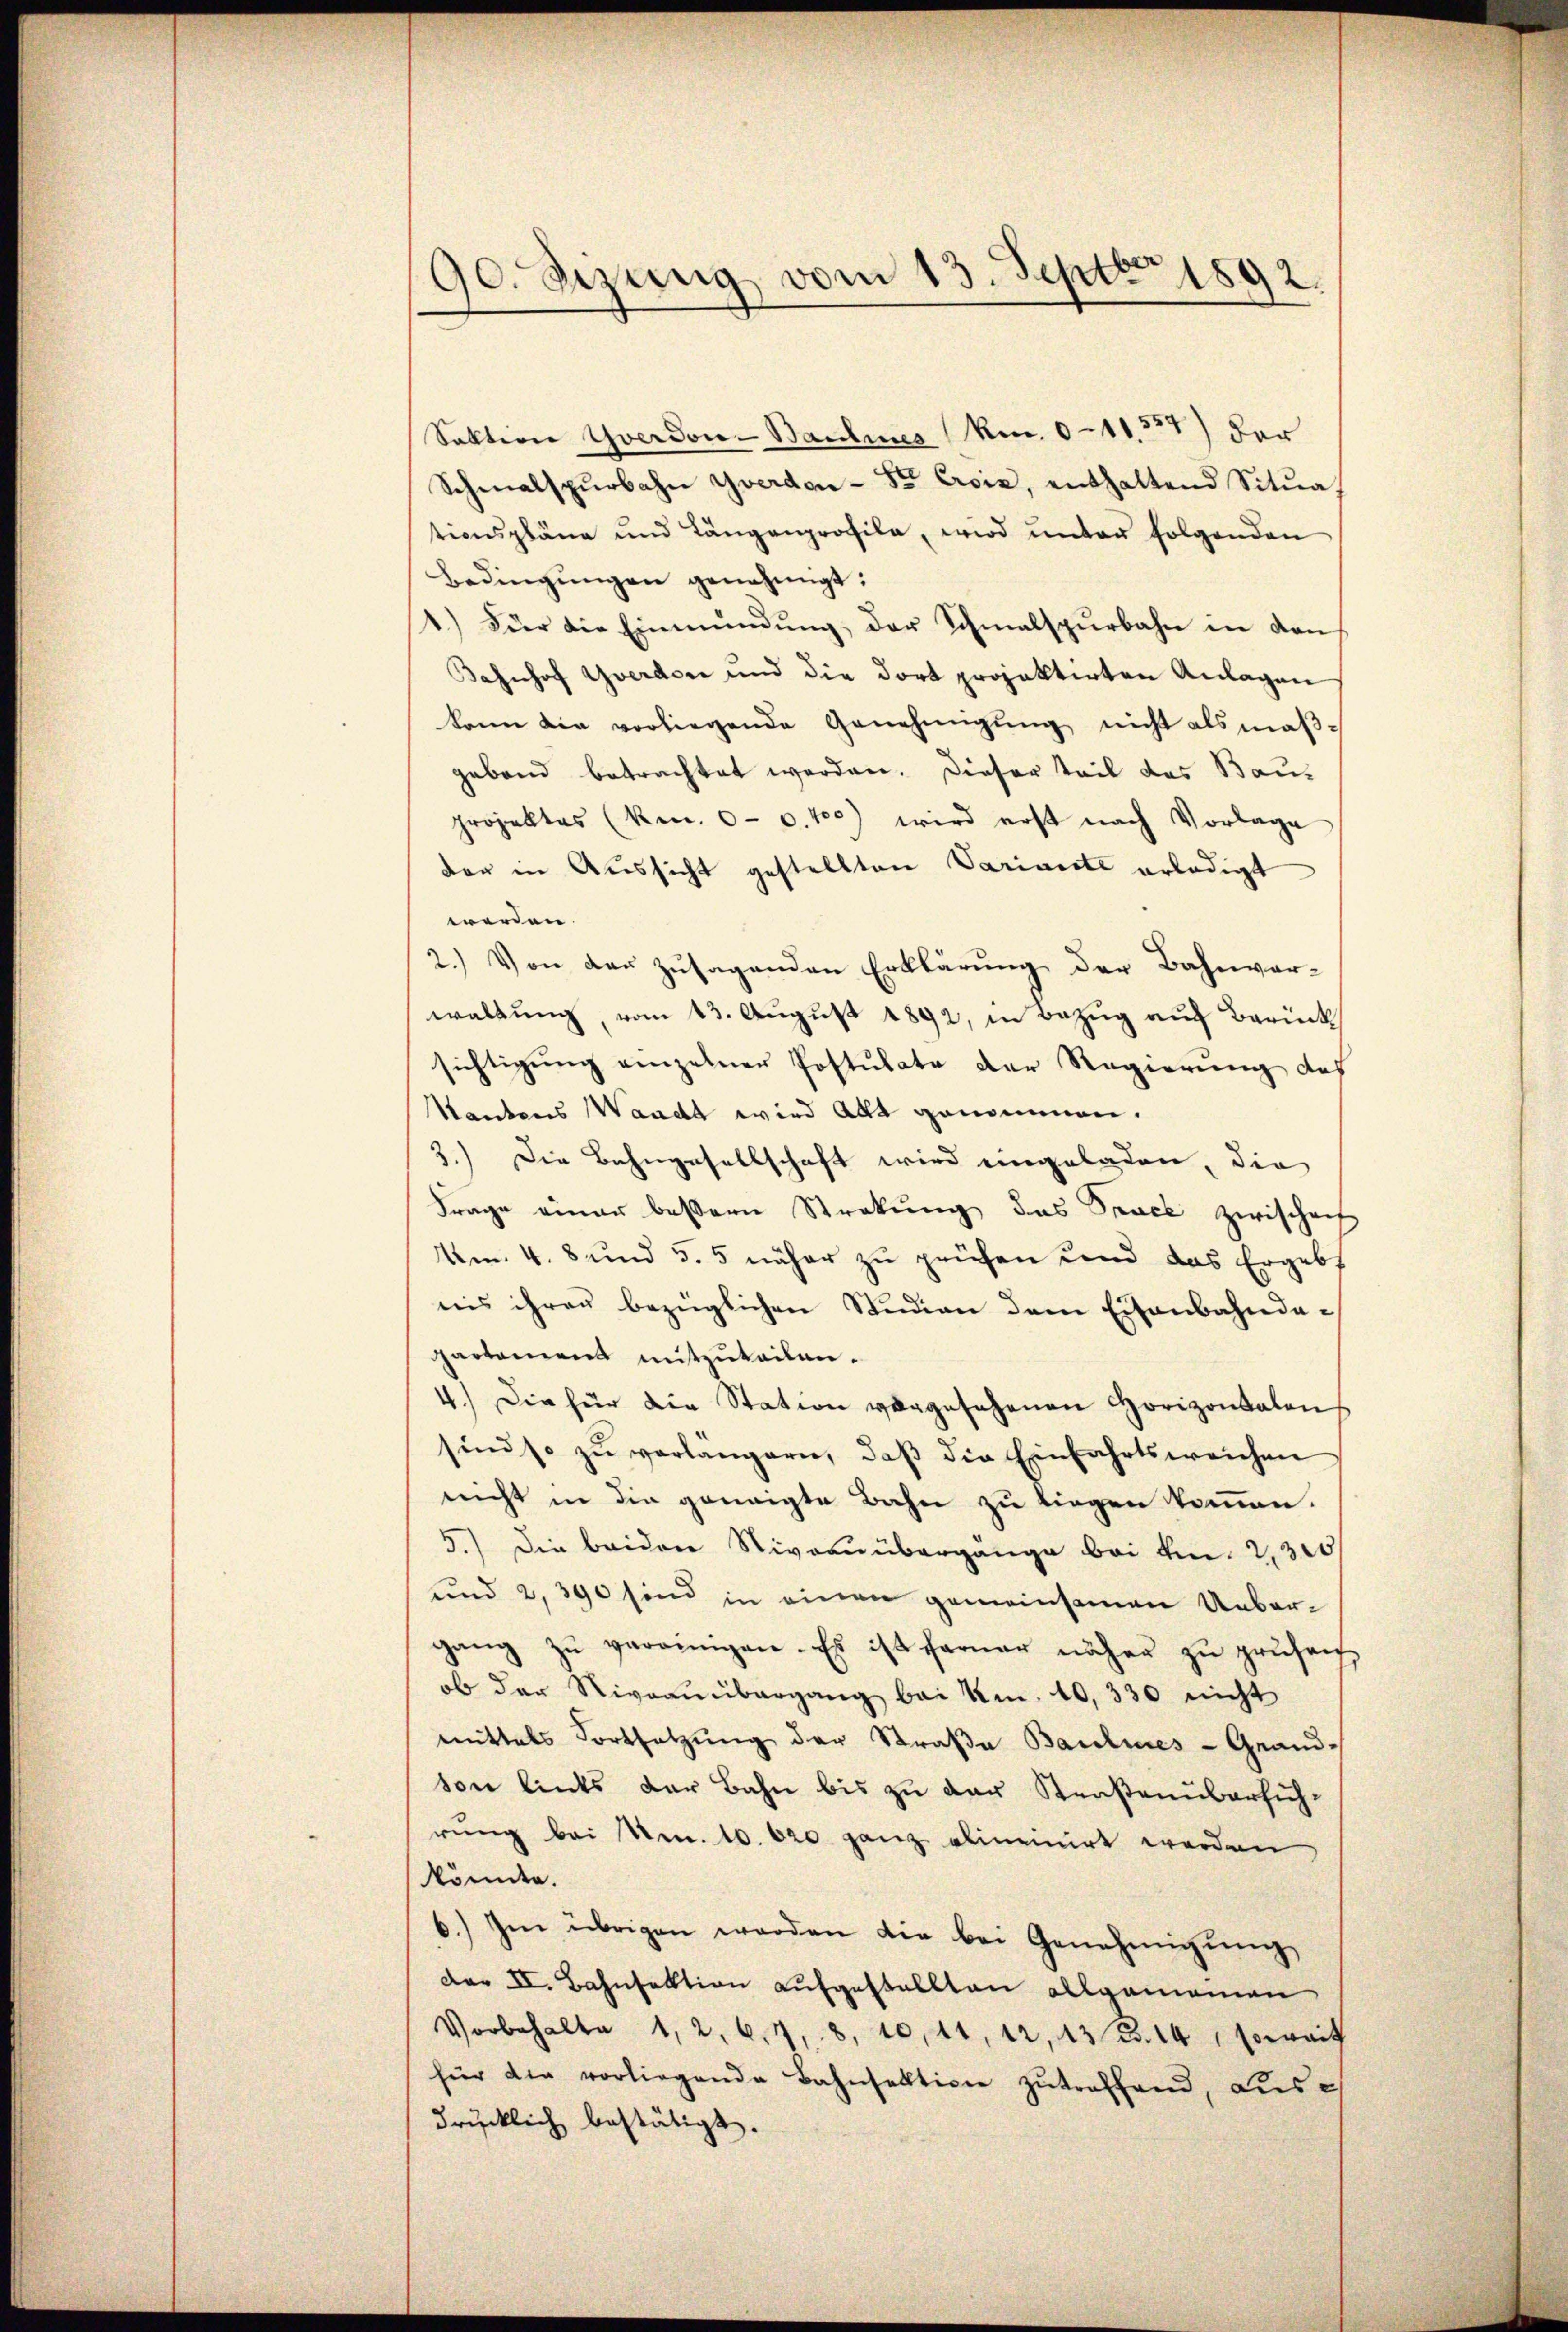
90. Sizung vom 13. Septbr 1892.

Saktion Yverdon-Baulines (Ren 0-11327) der
Schmalspŭrbahn Yverdon Sr. Croix, enthaltend Sitŭa
tionspläne und Längenprofile, wird unter folgenden
Bedingŭngen genehmigt:
1.) Für die Einmündŭng der Schmalspurbahn in dans
Bahnhof Yverdore und die dort projektirten Anlagen
kann die vorliegende Genehmigŭng nicht als maßgebend betrachtet worden. Dieser Teil das Bauprojektes (kmn. 0. c. 10) wird erst nach Vorlage
der in Aussicht gestellten Variante erledigt
werden.
2.) Von der zŭsagenden Erklärŭng der Bahnver-
waltung, vom 13. August 1892, in Bezug auf Berück
sichtigung einzelner Postulate der Regierung des
Kantons Waadt wird alle genommen.
3.) Die Bahngesellschaft wird eingeladen, die
Frage einer beßern Strekŭng das Sanct zwischen
Um. 4. 8 und 55 näher zu prüfen und das Ergebt
nis ihren bezüglichen Studien dem Eisenbahndapartement mitzuteilen.
4.) Die für die Station vergesehenen Horizontalen
sind so zŭ verlangern, daβ die Einfahrtsweichen
nicht in die geneigte Bahn zu liegen kommen.
5.) Die beiden Niveau übergänge bei v. 2300
und 2, 390 sind in einen gemeinsamen Uebergang zŭ vereinigen. Es ist ferner näher zŭ prüfen,
ob der Niveau übergang bei kn. 10,330 nicht
mittels Fortsetzung der Straße Baulines - Grand-
von links der Bahn bis zu der Straßenüberführŭng bei Nr. 10. 620 ganz abineinirt werden
könnte.
6) Im übrigen werden die bei Genehmigŭng
Dar II. Bahnfektion aufgestellten allgemeinen
Vorbehalte 1, 2. 67, 8, 10, 11, 12, 13 S. 14, soweit
für die vorliegende Bahnsektione zŭtreffend, ausdrücklich bestätigt.